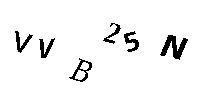
VVB25N